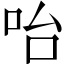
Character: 咍